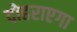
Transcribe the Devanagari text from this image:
दोहराएगा